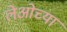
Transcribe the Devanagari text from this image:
लेओच्या